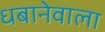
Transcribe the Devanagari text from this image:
धबानेवाला